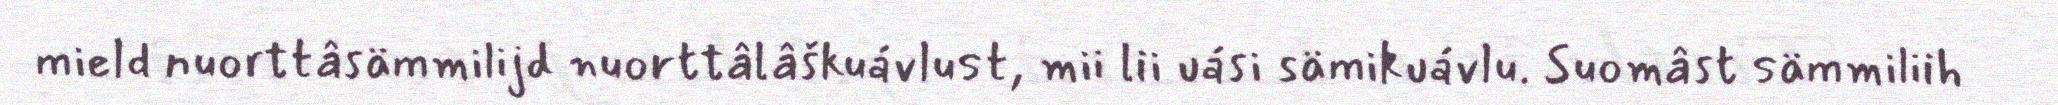
mield nuorttâsämmilijd nuorttâlâškuávlust, mii lii uási sämikuávlu. Suomâst sämmiliih